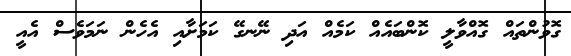
ގޮވުންތައް ގޮއްވާލީ ކޮންބައެއް ކަމެއް އަދި ނޭނގޭ ކަމަށާއި އެހެން ނަމަވެސް އެއީ